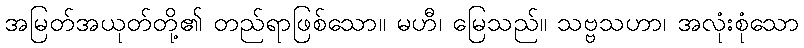
အမြတ်အယုတ်တို့၏ တည်ရာဖြစ်သော။ မဟီ၊ မြေသည်။ သဗ္ဗသဟာ၊ အလုံးစုံသော